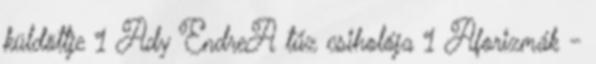
küldöttje 1 Ady EndreA tűz csiholója 1 Aforizmák -